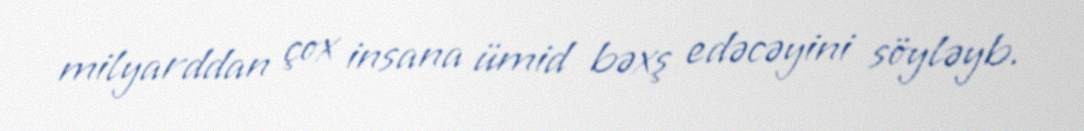
milyarddan çox insana ümid bəxş edəcəyini söyləyb.